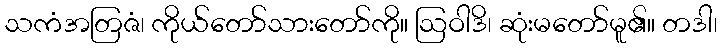
သကံအတြဇံ၊ ကိုယ်တော်သားတော်ကို။ ဩဝါဒိ၊ ဆုံးမတော်မူ၏။ တဒါ၊